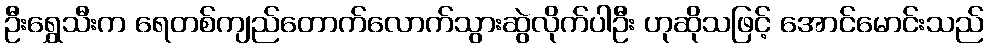
ဦးရွှေသီးက ရေတစ်ကျည်တောက်လောက်သွားဆွဲလိုက်ပါဦး ဟုဆိုသဖြင့် အောင်မောင်းသည်